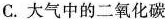
C.大气中的二氧化碳